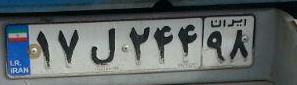
۱۷ل۲۴۴۹۸